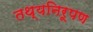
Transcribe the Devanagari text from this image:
तथ्यनिरूपण